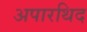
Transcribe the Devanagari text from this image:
अपारथिद